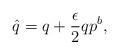
LaTeX: \begin{align*} \hat q = q + {\epsilon \over 2}qp^b,\end{align*}